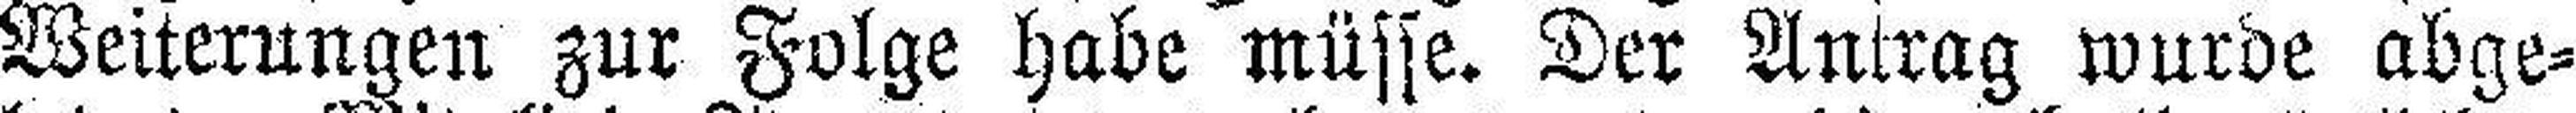
Weiterungen zur Folge habe müsse. Der Antrag wurde abge¬